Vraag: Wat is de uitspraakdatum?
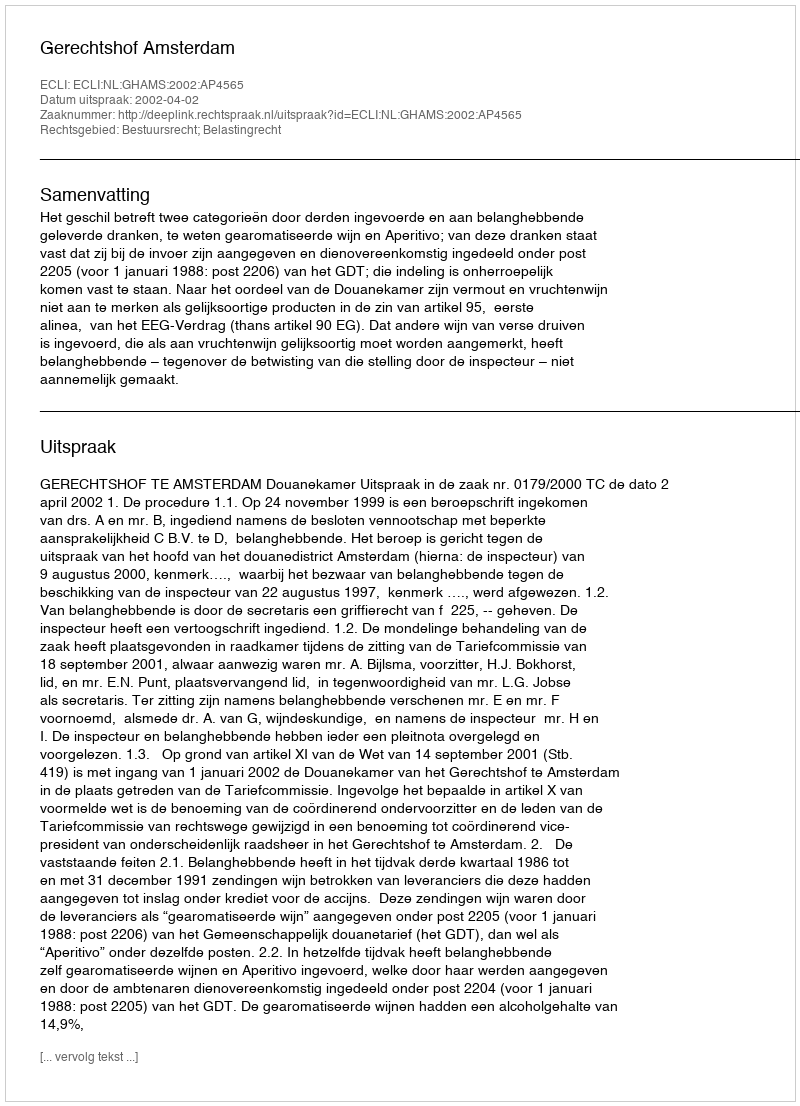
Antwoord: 2002-04-02